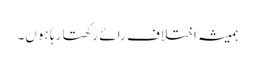
ہمیشہ اختلاف رائے رکھتا رہا ہوں۔